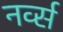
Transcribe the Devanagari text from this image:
नर्व्स